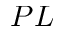
P L